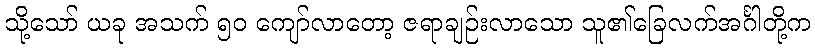
သို့သော် ယခု အသက် ၅၀ ကျော်လာတော့ ဇရာချဉ်းလာသော သူ၏ခြေလက်အင်္ဂါတို့က